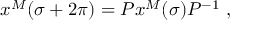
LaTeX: x ^ { M } ( \sigma + 2 \pi ) = P x ^ { M } ( \sigma ) P ^ { - 1 } ~ ,